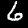
Label: 6